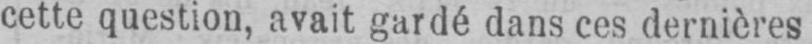
cette question, avait gardé dans ces dernières